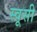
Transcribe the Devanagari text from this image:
स्वूसी